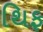
થિફ